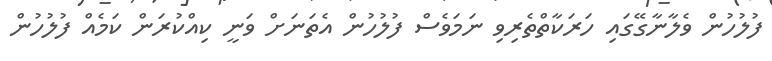
ފުލުހުން ވެލާނާގޭގައި ހަރަކާތްތެރިވި ނަމަވެސް ފުލުހުން އެތަނަށް ވަނީ ކިއްކުރަން ކަމެއް ފުލުހުން